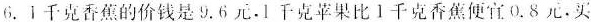
6.1千克香蕉的价钱是9.6元。1千克苹果比1千克香焦便宜0.8元。买